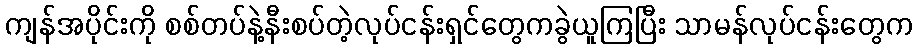
ကျန်အပိုင်းကို စစ်တပ်နဲ့နီးစပ်တဲ့လုပ်ငန်းရှင်တွေကခွဲယူကြပြီး သာမန်လုပ်ငန်းတွေက